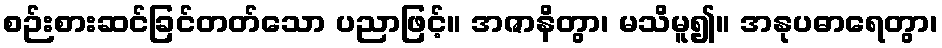
စဉ်းစားဆင်ခြင်တတ်သော ပညာဖြင့်။ အဇာနိတွာ၊ မသိမူ၍။ အနုပဓာရေတွာ၊